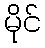
မိုင်